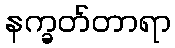
နက္ခတ်တာရာ